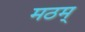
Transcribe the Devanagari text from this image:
मठम्